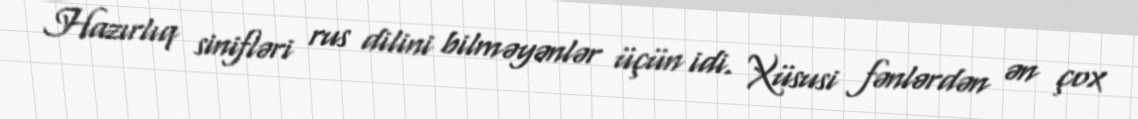
Hazırlıq sinifləri rus dilini bilməyənlər üçün idi. Xüsusi fənlərdən ən çox